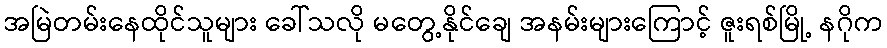
အမြဲတမ်းနေထိုင်သူများ ခေါ်သလို မတွေ့နိုင်ချေ အနမ်းများကြောင့် ဇူးရစ်မြို့ နဂိုက